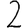
Digit: 2